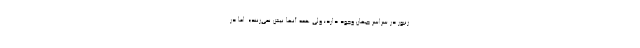
زنبور در سراسر جهان وجود دارد؛ ولی همه آنها نیش نمی‌زنند». اما در